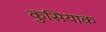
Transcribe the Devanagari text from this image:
कुसियाक